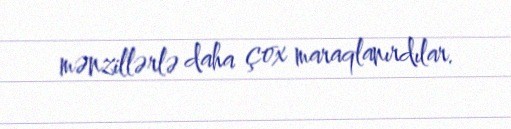
mənzillərlə daha çox maraqlanırdılar.